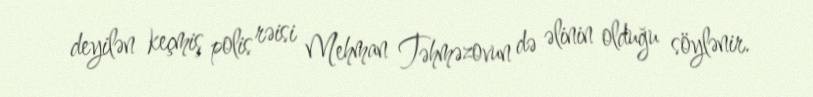
deyilən keçmiş polis rəisi Mehman Təhməzovun də əlinin olduğu söylənir.